Leaving Certificate Examination (including Day School Certificate (Higher) General paper), 1932
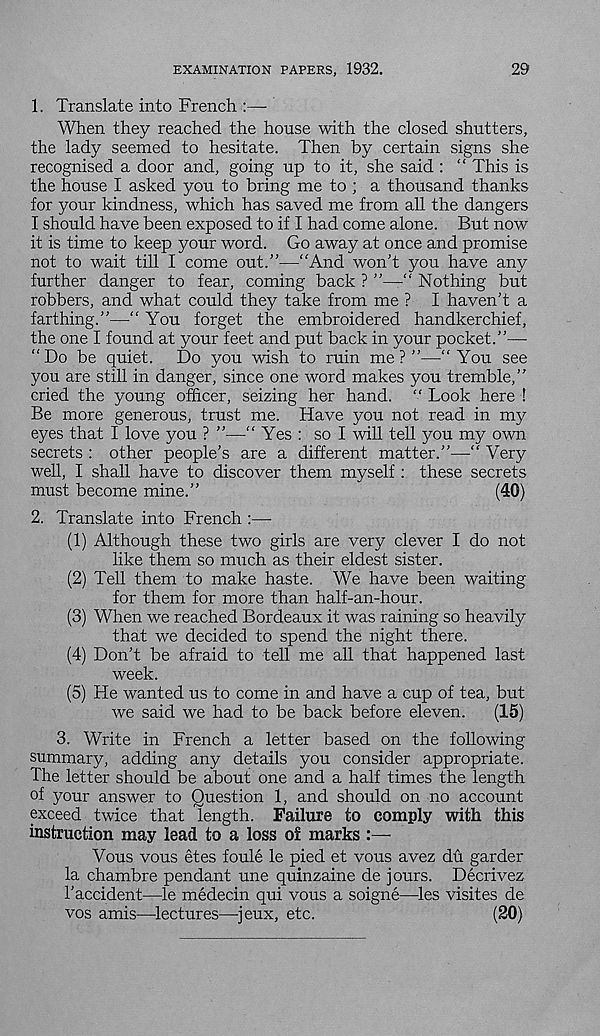
EXAMINATION PAPERS, 1932.
29
1. Translate into French :—-
When they reached the house with the closed shutters,
the lady seemed to hesitate. Then by certain signs she
recognised a door and, going up to it, she said : “ This is
the house I asked you to bring me to ; a thousand thanks
for your kindness, which has saved me from all the dangers
I should have been exposed to if I had come alone. But now
it is time to keep your word. Go away at once and promise
not to wait till I come out.”—"And won’t you have any
further danger to fear, coming back ? ”—•“ Nothing but
robbers, and what could they take from me ? I haven’t a
farthing.”—“ You forget the embroidered handkerchief,
the one I found at your feet and put back in your pocket.”—
"Do be quiet. Do you wish to ruin me ? ”—" You see
you are still in danger, since one word makes you tremble,”
cried the young officer, seizing her hand. " Look here !
Be more generous, trust me. Have you not read in my
eyes that I love you ? ”—" Yes : so I will tell you my own
secrets : other people’s are a different matter.”—“ Very
well, I shall have to discover them myself : these secrets
must become mine.
(40)
2. Translate into French :—
(1) Although these two girls are very clever I do not
like them so much as their eldest sister.
(2) Tell them to make haste. We have been waiting
for them for more than half-an-hour.
(3) When we reached Bordeaux it was raining so heavily
that we decided to spend the night there.
(4) Don’t be afraid to tell me all that happened last
week.
(5) He wanted us to come in and have a cup of tea, but
we said we had to be back before eleven.
(15)
3. Write in French a letter based on the following
summary, adding any details you consider appropriate.
The letter should be about one and a half times the length
of your answer to Question 1, and should on no account
exceed twice that length. Failure to comply with this
instruction may lead to a loss of marks:—
Vous vous etes foule le pied et vous avez du garder
la chambre pendant une quinzaine de jours. Decrivez
I’accident—le medecin qui vous a soigne—les visites de
vos amis—lectures—jeux, etc.
(20)